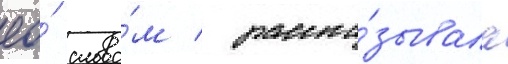
ео́ слова́м / расска́зывала